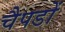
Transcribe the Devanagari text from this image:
चैपडों